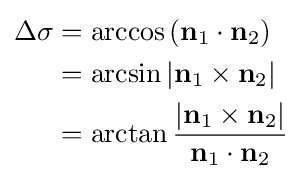
{\begin{aligned}\Delta \sigma &=\arccos \left(\mathbf {n} _{1}\cdot \mathbf {n} _{2}\right)\\&=\arcsin \left|\mathbf {n} _{1}\times \mathbf {n} _{2}\right|\\&=\arctan {\frac {\left|\mathbf {n} _{1}\times \mathbf {n} _{2}\right|}{\mathbf {n} _{1}\cdot \mathbf {n} _{2}}}\\\end{aligned}}